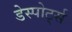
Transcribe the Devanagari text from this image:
डेस्पोर्ट्स